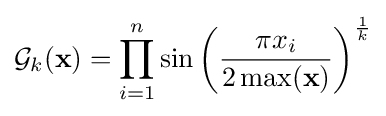
{\mathcal {G}}_{k}(\mathbf {x} )=\prod _{i=1}^{n}\sin \left({\frac {\pi x_{i}}{2\max(\mathbf {x} )}}\right)^{\frac {1}{k}}